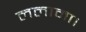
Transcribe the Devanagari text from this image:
ललामा।